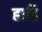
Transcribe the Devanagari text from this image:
हाति